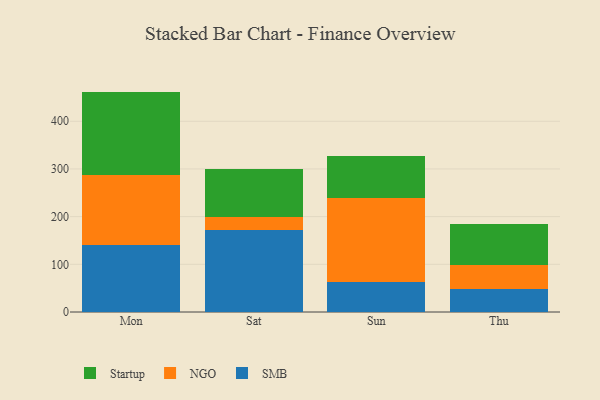
{"axis": {"x": "Day", "y": "Operating Costs (USD K)"}, "legend": ["NGO", "SMB", "Startup"], "data": [{"x": "Mon", "y": 140.7, "type": "SMB"}, {"x": "Mon", "y": 146.0, "type": "NGO"}, {"x": "Mon", "y": 175.5, "type": "Startup"}, {"x": "Sat", "y": 171.6, "type": "SMB"}, {"x": "Sat", "y": 28.3, "type": "NGO"}, {"x": "Sat", "y": 100.2, "type": "Startup"}, {"x": "Sun", "y": 63.0, "type": "SMB"}, {"x": "Sun", "y": 175.1, "type": "NGO"}, {"x": "Sun", "y": 88.9, "type": "Startup"}, {"x": "Thu", "y": 48.8, "type": "SMB"}, {"x": "Thu", "y": 49.4, "type": "NGO"}, {"x": "Thu", "y": 85.4, "type": "Startup"}]}